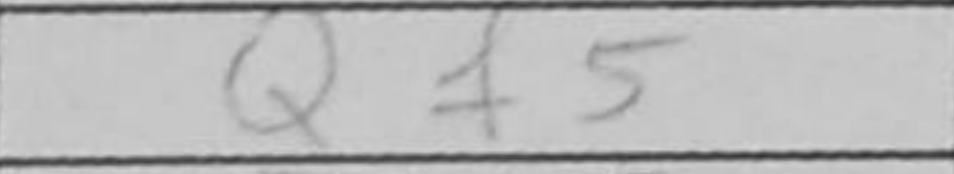
Transcription: Qf5